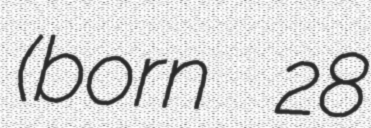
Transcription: (born 28